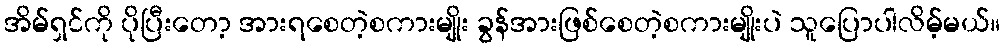
အိမ်ရှင်ကို ပိုပြီးတော့ အားရစေတဲ့စကားမျိုး ခွန်အားဖြစ်စေတဲ့စကားမျိုးပဲ သူပြောပါလိမ့်မယ်။